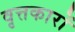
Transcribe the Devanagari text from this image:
वृत्तकारों